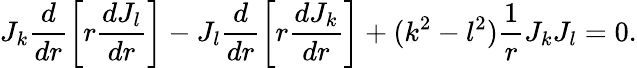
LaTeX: J_{k}\frac{d}{dr}\bigg[r\frac{dJ_{l}}{dr}\bigg]-J_{l}\frac{d}{dr}\bigg[r\frac{dJ_{k}}{dr}\bigg]+(k^{2}-l^{2})\frac{1}{r}J_{k}J_{l}=0.